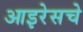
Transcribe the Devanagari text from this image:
आइरेसचे